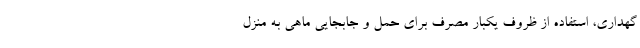
گهداری، استفاده از ظروف یکبار مصرف برای حمل و جابجایی ماهی به منزل